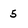
Character: 5